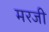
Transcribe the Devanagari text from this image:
मरजी